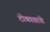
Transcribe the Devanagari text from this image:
टोकावरचे